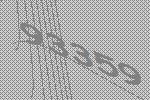
93359